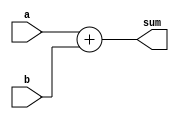
module ParamDUT #(parameter DATA_WIDTH = 8) (
    input  wire [DATA_WIDTH-1:0] a,
    input  wire [DATA_WIDTH-1:0] b,
    output wire [DATA_WIDTH-1:0] sum
);
    assign sum = a + b; // Simple addition
endmodule